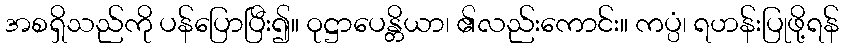
အစရှိသည်ကို ပန်ပြောပြီး၍။ ဝုဋ္ဌာပေန္တိယာ၊ ၏လည်းကောင်း။ ကပ္ပံ၊ ရဟန်းပြုဖို့ရန်